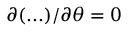
\partial ( . . . ) / \partial \theta = 0